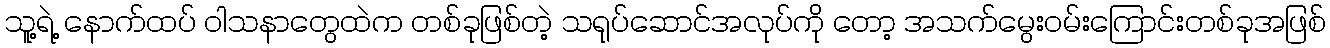
သူ့ရဲ့ နောက်ထပ် ဝါသနာတွေထဲက တစ်ခုဖြစ်တဲ့ သရုပ်ဆောင်အလုပ်ကို တော့ အသက်မွေးဝမ်းကြောင်းတစ်ခုအဖြစ်